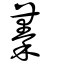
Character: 蓁